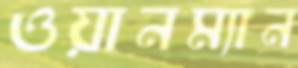
ওয়ানম্যান